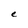
Character: e